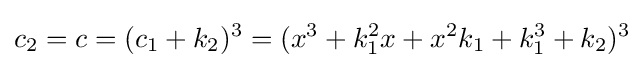
c_{2}=c=(c_{1}+k_{2})^{3}=(x^{3}+k_{1}^{2}x+x^{2}k_{1}+k_{1}^{3}+k_{2})^{3}